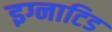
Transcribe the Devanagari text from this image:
इग्नाटिड